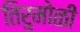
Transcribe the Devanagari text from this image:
तिरुमोळी